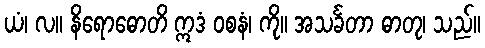
ယံ၊ လ။ နိရောဓောတိ ဣဒံ ဝစနံ၊ ကို။ အသင်္ခတာ ဓာတု၊ သည်။